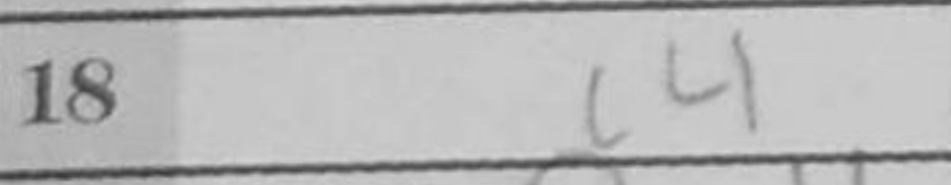
Transcription: c4